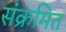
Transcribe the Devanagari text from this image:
संक्रमित